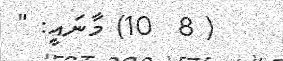
( 8  10) މާނައީ: "